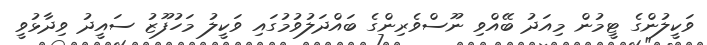
ވަކީލުންގެ ޓީމުން މިއަދު ބޭއްވި ނޫސްވެރިންގެ ބައްދަލުވުމުގައި ވަކީލު މަހުފޫޒު ސައީދު ވިދާޅުވީ